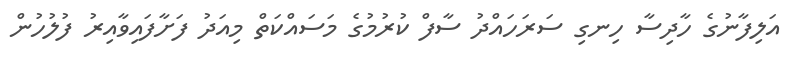
އަލިފާނުގެ ހާދިސާ ހިނގި ސަރަހައްދު ސާފް ކުރުމުގެ މަސައްކަތް މިއަދު ފަށާފައިވާއިރު ފުލުހުން